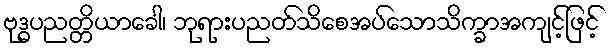
ဗုဒ္ဓပညတ္တိယာခေါ၊ ဘုရားပညတ်သိစေအပ်သောသိက္ခာအကျင့်ဖြင့်